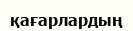
қағарлардың